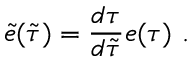
\tilde { e } ( \tilde { \tau } ) = \frac { d \tau } { d \tilde { \tau } } e ( \tau ) \ .